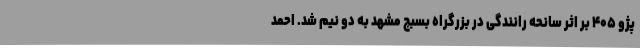
پژو ۴۰۵ بر اثر سانحه رانندگی در بزرگراه بسبج مشهد به دو نیم شد. احمد